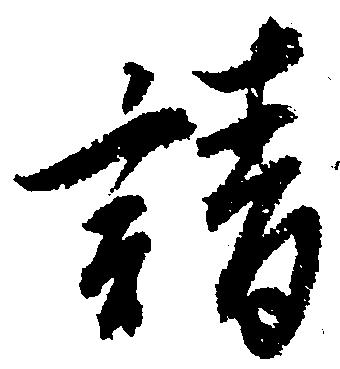
請